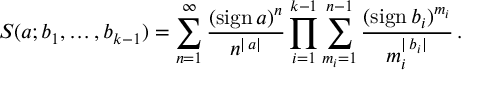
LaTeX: S ( a ; b _ { 1 } , \ldots , b _ { k - 1 } ) = \sum _ { n = 1 } ^ { \infty } \frac { ( \mathrm { s i g n } \, a ) ^ { n } } { n ^ { | \, a | } } \prod _ { i = 1 } ^ { k - 1 } \sum _ { m _ { i } = 1 } ^ { n - 1 } \frac { ( \mathrm { s i g n } \, b _ { i } ) ^ { m _ { i } } } { m _ { i } ^ { | \, b _ { i } | } } \, .